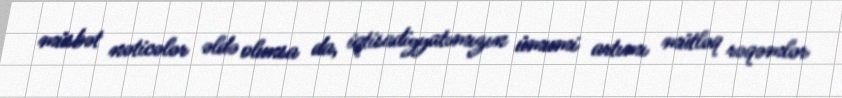
müsbət nəticələr əldə olunsa da, iqtisadiyyatımızın ümumi artımı mütləq rəqəmlər